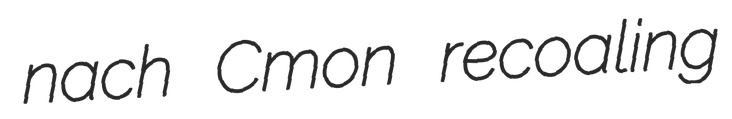
nach Cmon recoaling